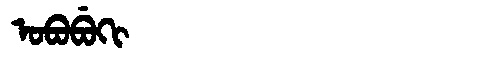
Manchu: ᠣᠪᠣᠪᡠᡴᡳ
Romanization: OBOBUKI